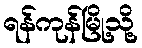
ရန်ကုန်မြို့သို့